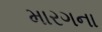
મારગના